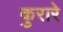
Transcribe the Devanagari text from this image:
कुरारे